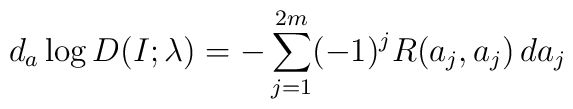
d_a \log D(I;\lambda) = - \sum_{j=1}^{2m} (-1)^j R(a_j,a_j)\, da_j